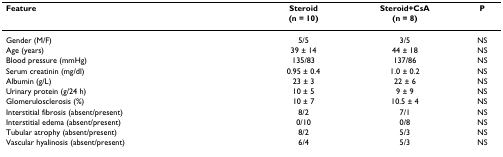
| Feature | Steroid(n = 10) | Steroid+CsA(n = 8) | P |
 | --- | --- | --- | --- |
 | Gender (M/F) | 5/5 | 3/5 | NS |
 | Age (years) | 39 ± 14 | 44 ± 18 | NS |
 | Blood pressure (mmHg) | 135/83 | 137/86 | NS |
 | Serum creatinin (mg/dl) | 0.95 ± 0.4 | 1.0 ± 0.2 | NS |
 | Albumin (g/L) | 23 ± 3 | 22 ± 6 | NS |
 | Urinary protein (g/24 h) | 10 ± 5 | 9 ± 9 | NS |
 | Glomerulosclerosis (%) | 10 ± 7 | 10.5 ± 4 | NS |
 | Interstitial fibrosis (absent/present) | 8/2 | 7/1 | NS |
 | Interstitial edema (absent/present) | 0/10 | 0/8 | NS |
 | Tubular atrophy (absent/present) | 8/2 | 5/3 | NS |
 | Vascular hyalinosis (absent/present) | 6/4 | 5/3 | NS |